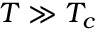
T \gg T _ { c }